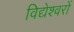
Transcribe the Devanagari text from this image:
विद्येश्वरों